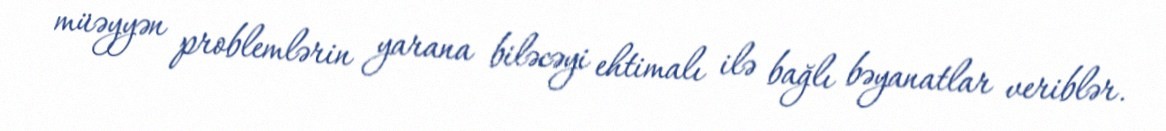
müəyyən problemlərin yarana biləcəyi ehtimalı ilə bağlı bəyanatlar veriblər.